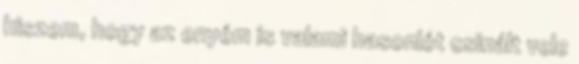
hiszem, hogy az enyém is valami hasonlót csinált vele